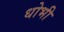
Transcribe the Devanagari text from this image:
धोभी